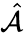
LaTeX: \hat{\mathcal{A}}